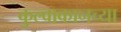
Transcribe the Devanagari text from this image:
कुल्वाकानच्या